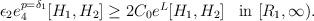
LaTeX: \begin{align*}\begin{array}{cc}\epsilon_2 e_4^{p=\delta_1}[H_1,H_2]\geq 2C_0 e^L[H_1,H_2] & \textup{in}\ [R_1,\infty).\end{array}\end{align*}